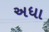
અધા